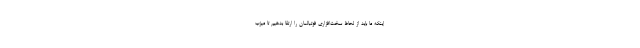
اینکه ما باید از لحاظ سخت‌افزاری فوتبالمان را ارتقا بدهیم تا میزب